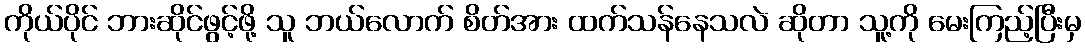
ကိုယ်ပိုင် ဘားဆိုင်ဖွင့်ဖို့ သူ ဘယ်လောက် စိတ်အား ထက်သန်နေသလဲ ဆိုတာ သူ့ကို မေးကြည့်ပြီးမှ